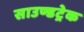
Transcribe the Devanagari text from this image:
साउण्डट्रेक